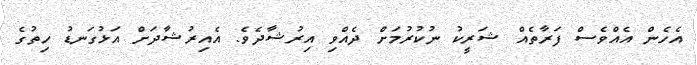
އެހެން އެއްވެސް ފަރާތެއް ޝަރީކު ނުކުރުމަށް ދެއްވި އިރުޝާދެވެ. އެއިރުޝާދަށް އަޅުގަނޑު ހިތުގެ